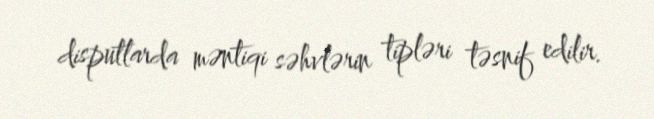
disputlarda məntiqi səhvlərin tipləri təsnif edilir.